Problem: 22 + 40 = ?
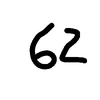
Handwritten answer: 62